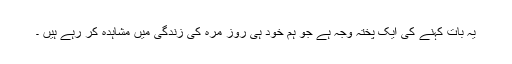
یہ بات کہنے کی ایک پختہ وجہ ہے جو ہم خود ہی روز مرہ کی زندگی میں مشاہدہ کر رہے ہیں ۔